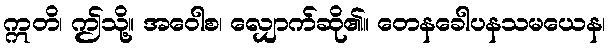
ဣတိ၊ ဤသို့။ အဝေါစ၊ လျှောက်ဆို၏။ တေနခေါပနသမယေန၊